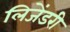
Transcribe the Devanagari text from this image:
लिजेंडरी